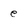
Character: e